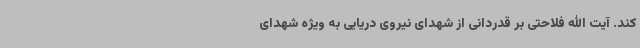
کند. آیت الله فلاحتی بر قدردانی از شهدای نیروی دریایی به ویژه شهدای